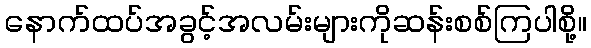
နောက်ထပ်အခွင့်အလမ်းများကိုဆန်းစစ်ကြပါစို့။